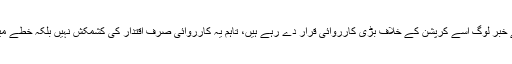
سعودی شاہی خاندان کی اندرونی کشمکش سے بے خبر لوگ اِسے کرپشن کے خلاف بڑی کارروائی قرار دے رہے ہیں، تاہم یہ کارروائی صرف اقتدار کی کشمکش نہیں بلکہ خطے میں اہم اسٹرٹیجک تبدیلیوں کی طرف اشارہ بھی ہے۔